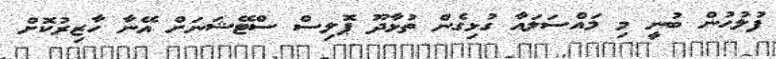
ފުލުހުން ބުނީ މި މައްސަލައާ ގުޅިގެން ތުޅާދޫ ޕޮލިސް ސްޓޭޝަނަށް އޭނާ ހާޒިރުކޮށް